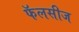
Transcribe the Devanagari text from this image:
फॅलसीज